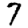
Digit: 7